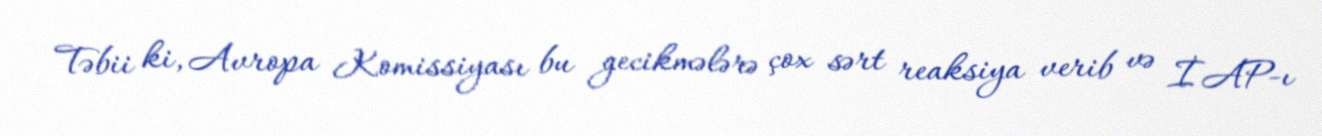
Təbii ki, Avropa Komissiyası bu gecikmələrə çox sərt reaksiya verib və İAP-ı